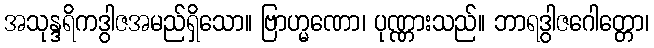
အသုန္ဒရိကဒွါဇအမည်ရှိသော။ ဗြာဟ္မဏော၊ ပုဏ္ဏားသည်။ ဘာရဒွါဇဂေါတ္တော၊